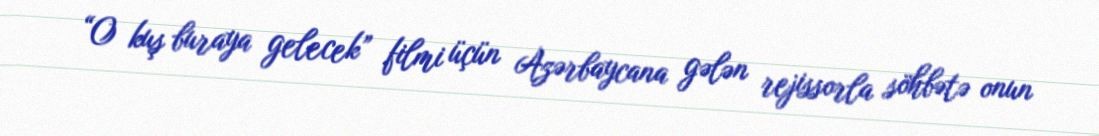
“O kuş buraya gelecek” filmi üçün Azərbaycana gələn rejissorla söhbətə onun